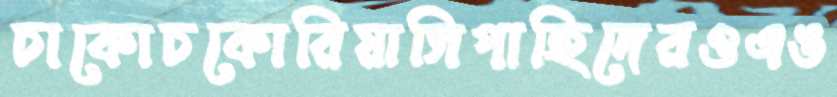
চাকোচকোরিয়াসিপাহিদেরওএঙ